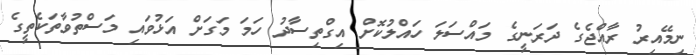
ނިމޭއިރު ރާއްޖެގެ ދަރަނީގެ މައްސަލަ ހައްލުކޮށް އިގްތިސާދު ހަމަ މަގަށް އަޅުވައި މަސްތުވާތަކެތީގެ